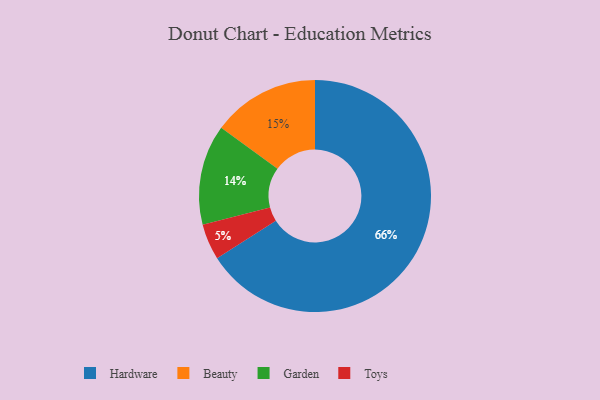
{"axis": {"x": "Category", "y": "Percentage"}, "legend": ["Beauty", "Garden", "Hardware", "Toys"], "data": [{"x": "Toys", "y": 5, "type": "Toys"}, {"x": "Hardware", "y": 66, "type": "Hardware"}, {"x": "Garden", "y": 14, "type": "Garden"}, {"x": "Beauty", "y": 15, "type": "Beauty"}]}